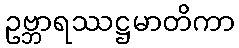
ဥဗ္ဘာရဿဋ္ဌမာတိကာ